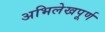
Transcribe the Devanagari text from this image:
अभिलेखपूर्ण